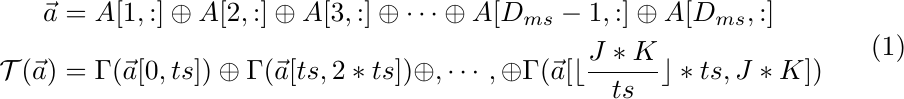
\begin{equation}
\begin{aligned}
\vec{a} &= A[1,:] \oplus A[2,:] \oplus A[3,:] \oplus \cdots \oplus A[D_{ms}-1,:] \oplus A[D_{ms},:] \\
\mathcal{T}(\vec{a}) &= \Gamma(\vec{a}[0,ts]) \oplus \Gamma(\vec{a}[ts, 2*ts]) \oplus,  \cdots, \oplus \Gamma(\vec{a}[ \lfloor \frac{J*K}{ts} \rfloor*ts, J*K])
\end{aligned}
\end{equation}